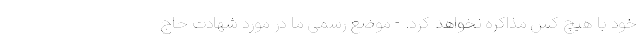
خود با هیچ کس مذاکره نخواهد کرد. - موضع رسمی ما در مورد شهادت حاج